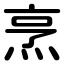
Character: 烹